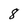
Character: 8